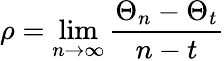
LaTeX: \rho=\operatorname*{lim}_{n\to\infty}\frac{\Theta_{n}-\Theta_{t}}{n-t}